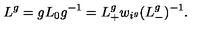
L ^ { g } = g L _ { 0 } g ^ { - 1 } = L _ { + } ^ { g } w _ { i ^ { g } } ( L _ { - } ^ { g } ) ^ { - 1 } .